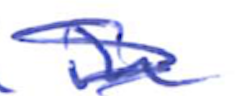
Text: in
Cross-out: mix
Writing tool: ballpoint